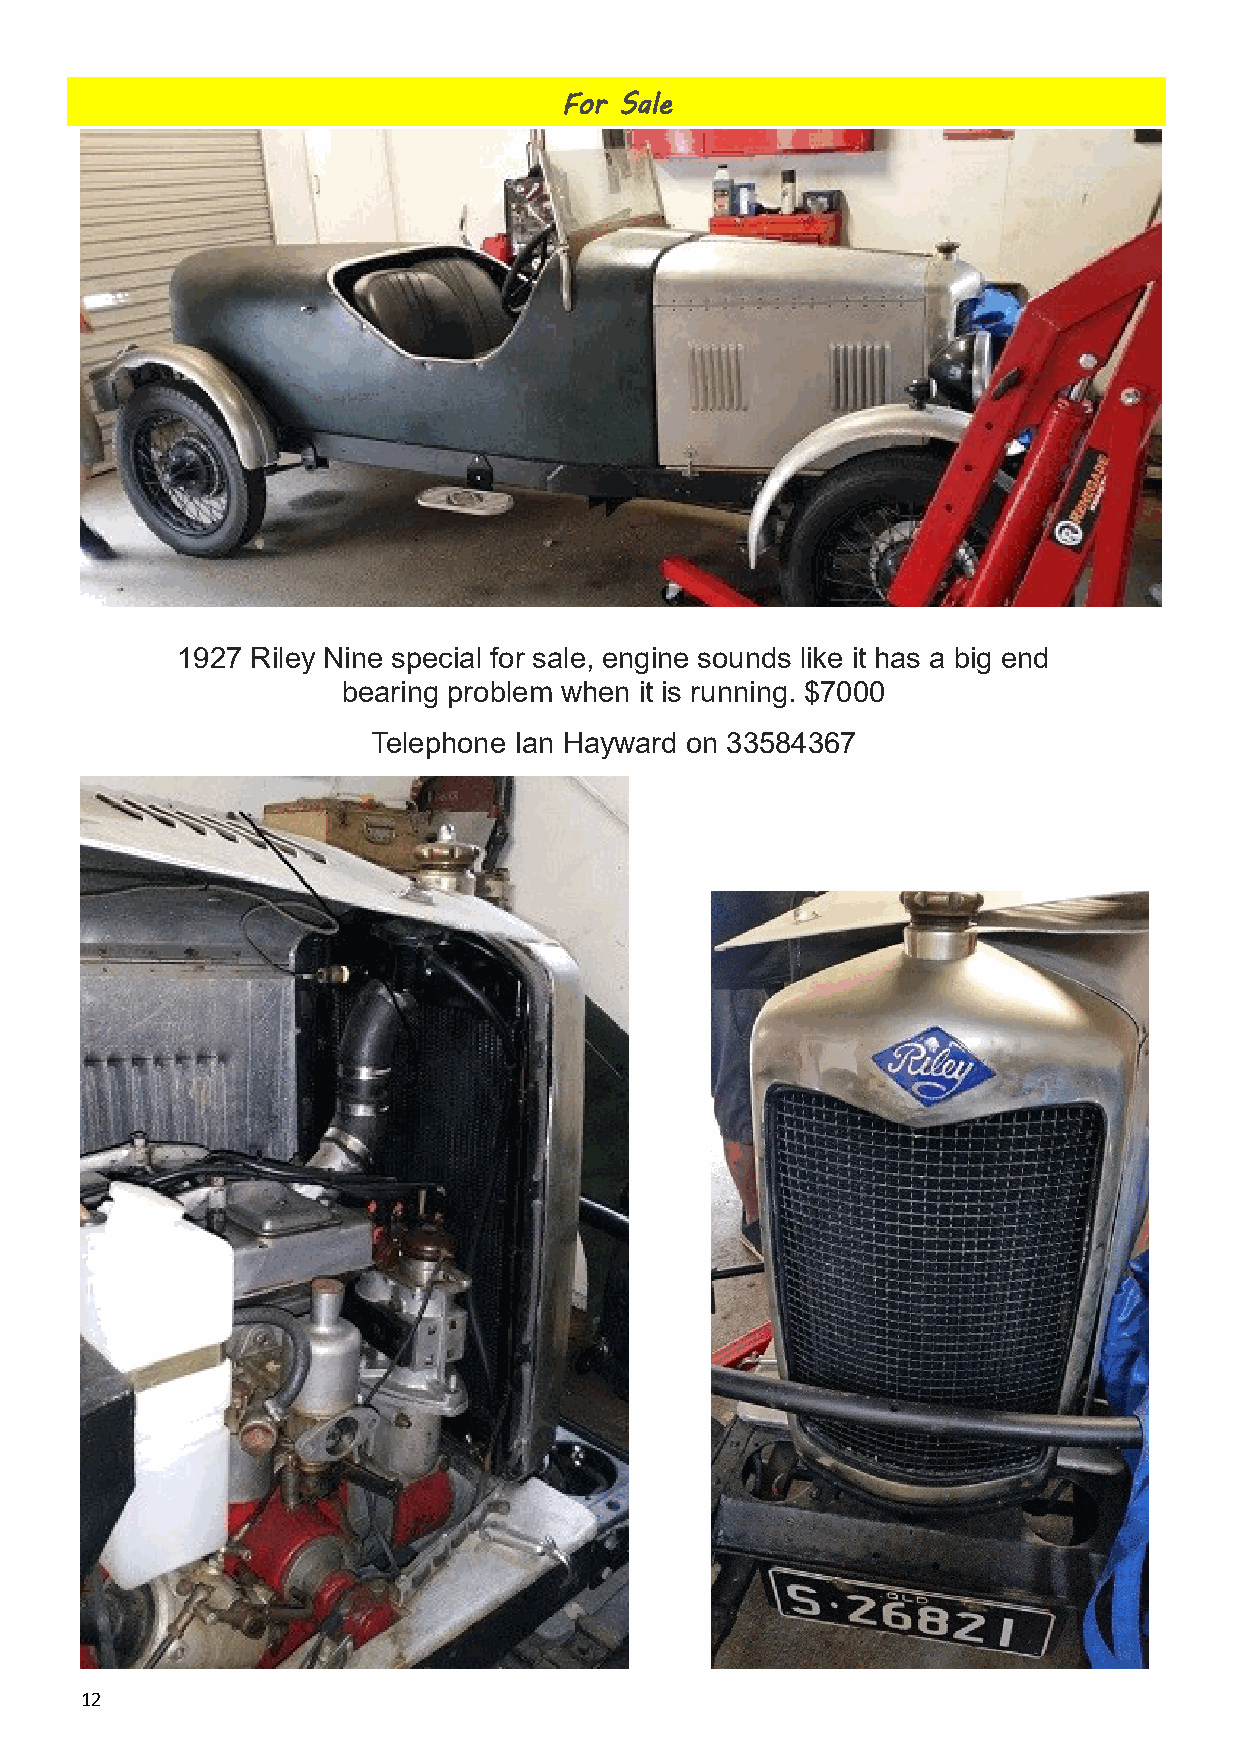
For Sale
 1927 Riley Nine special for sale, engine sounds like it has a big end
 bearing problem when it is running. $7000
 Telephone Ian Hayward on 33584367
 12